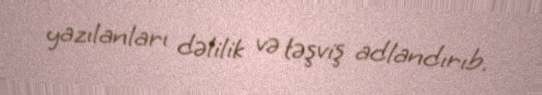
yazılanları dəlilik və təşviş adlandırıb.